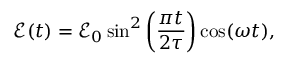
\mathcal { E } ( t ) = \mathcal { E } _ { 0 } \sin ^ { 2 } \left( \frac { \pi t } { 2 \tau } \right) \cos ( \omega t ) ,